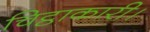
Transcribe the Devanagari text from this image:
चिट्ठाकारी।